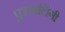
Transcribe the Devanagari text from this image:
पुरुषलिंगी